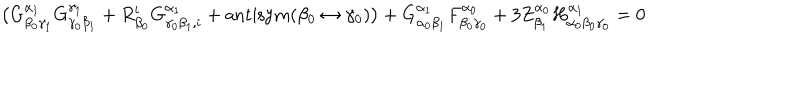
LaTeX: \bigr ( G _ { \beta _ { 0 } \gamma _ { 1 } } ^ { \alpha _ { 1 } } G _ { \gamma _ { 0 } \beta _ { 1 } } ^ { \gamma _ { 1 } } + R _ { \beta _ { 0 } } ^ { i } G _ { \gamma _ { 0 } \beta _ { 1 } , i } ^ { \alpha _ { 1 } } + \mathrm { a n t i s y m } ( \beta _ { 0 } \leftrightarrow \gamma _ { 0 } ) \bigr ) + G _ { \alpha _ { 0 } \beta _ { 1 } } ^ { \alpha _ { 1 } } F _ { \beta _ { 0 } \gamma _ { 0 } } ^ { \alpha _ { 0 } } + 3 Z _ { \beta _ { 1 } } ^ { \alpha _ { 0 } } H _ { \alpha _ { 0 } \beta _ { 0 } \gamma _ { 0 } } ^ { \alpha _ { 1 } } = 0